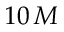
1 0 \, M